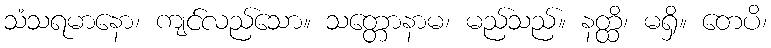
သံသရမာနော၊ ကျင်လည်သော။ သတ္တောနာမ၊ မည်သည်။ နတ္ထိ၊ မရှိ။ တေပိ၊